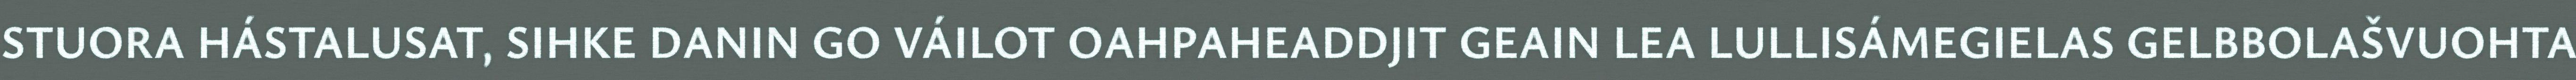
STUORA HÁSTALUSAT, SIHKE DANIN GO VÁILOT OAHPAHEADDJIT GEAIN LEA LULLISÁMEGIELAS GELBBOLAŠVUOHTA